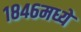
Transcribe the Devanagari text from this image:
१८४६मध्ये